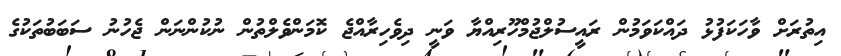
އިތުރަށް ވާހަކަފުޅު ދައްކަވަމުން ރައީސުލްޖުމްހޫރިއްޔާ ވަނީ ދިވެހިރާއްޖެ ކޮމަންވެލްތުން ނުކުންނަން ޖެހުނު ސަބަބުތަކުގެ